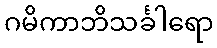
ဂမိကာဘိသင်္ခါရော